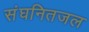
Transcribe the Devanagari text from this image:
संघनितजल